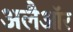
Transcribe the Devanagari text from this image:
अलैऑर